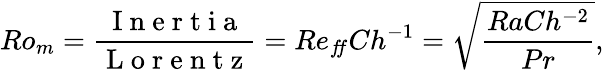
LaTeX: Ro_{m}=\frac{\mathrm{~I~n~e~r~t~i~a~}}{\mathrm{~L~o~r~e~n~t~z~}}=Re_{f\! f}Ch^{-1}=\sqrt{\frac{RaCh^{-2}}{Pr}},